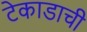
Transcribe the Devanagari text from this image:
टेकाडाची